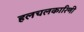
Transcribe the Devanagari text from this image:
हलचलकारिणी